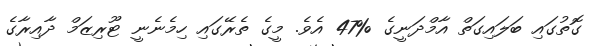
ގޮތުގައި ބަލައިގަތް އާމްދަނީގެ %47 އެވެ. މީގެ ތެރޭގައި ހިމެނެނީ ޓޫރިޒަމް ދާއިރާގެ